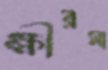
ক্ষীরসা